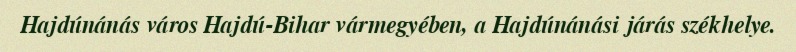
Hajdúnánás város Hajdú-Bihar vármegyében, a Hajdúnánási járás székhelye.